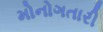
મોનોગતારી